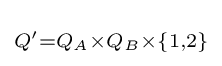
\scriptstyle Q'=Q_{A}\times Q_{B}\times \{1,2\}